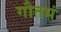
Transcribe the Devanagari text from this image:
गौतमं